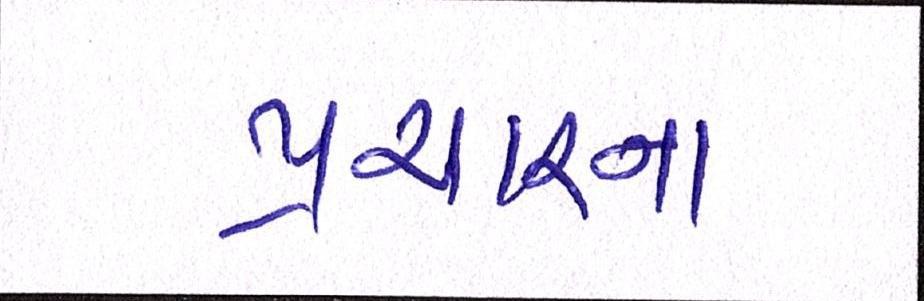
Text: પ્રચારના